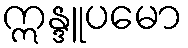
ဣန္ဒူပမော